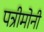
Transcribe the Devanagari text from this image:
पत्रीमोनी